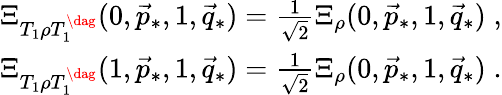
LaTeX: \begin{array}{r}{\Xi_{T_{1}\rho T_{1}^{\dag}}(0,\vec{p}_{*},1,\vec{q}_{*})=\frac{1}{\sqrt{2}}\Xi_{\rho}(0,\vec{p}_{*},1,\vec{q}_{*})\; ,}\\ {\Xi_{T_{1}\rho T_{1}^{\dag}}(1,\vec{p}_{*},1,\vec{q}_{*})=\frac{1}{\sqrt{2}}\Xi_{\rho}(0,\vec{p}_{*},1,\vec{q}_{*})\; .}\end{array}